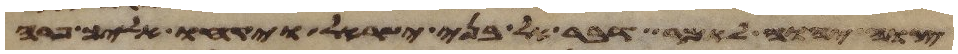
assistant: צוה יהוה לאמר דבר אל בני ישראל ויקחו אליך פרה